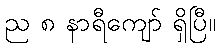
ည ၈ နာရီကျော် ရှိပြီ။